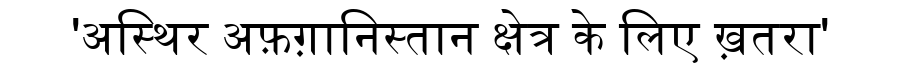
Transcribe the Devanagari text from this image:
'अस्थिर अफ़ग़ानिस्तान क्षेत्र के लिए ख़तरा'